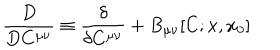
LaTeX: \frac { D } { D C ^ { \mu \nu } } \equiv \frac { \delta } { \delta C ^ { \mu \nu } } + B _ { \mu \nu } [ C ; x , x _ { 0 } ]